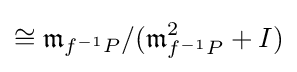
\cong {\mathfrak {m}}_{f^{-1}P}/({\mathfrak {m}}_{f^{-1}P}^{2}+I)